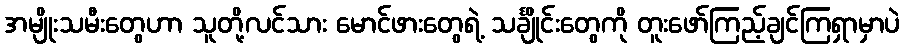
အမျိုးသမီးတွေဟာ သူတို့လင်သား မောင်ဖားတွေရဲ့ သင်္ချိုင်းတွေကို တူးဖော်ကြည့်ချင်ကြရှာမှာပဲ